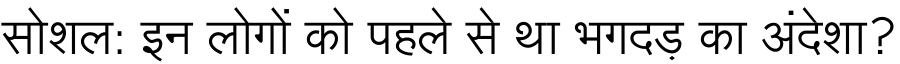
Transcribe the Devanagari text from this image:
सोशल: इन लोगों को पहले से था भगदड़ का अंदेशा?